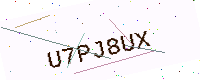
Text: U7PJ8UX